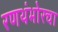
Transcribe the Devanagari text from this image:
रणथंभोरचा